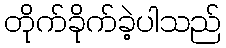
တိုက်ခိုက်ခဲ့ပါသည်